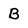
Character: B